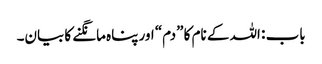
باب : اللہ کے نام کا ”دم“ اور پناہ مانگنے کا بیان۔